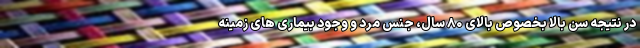
در نتیجه سن بالا بخصوص بالای ۸۰ سال، جنس مرد و وجود بیماری های زمینه